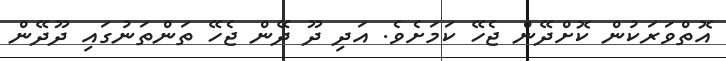
އޮތްވަރަކުން ކޮށްދޭން ޖެހޭ ކަމަށެވެ. އަދި ދޫ ދޭން ޖެހޭ ތަންތަނުގައި ދޫދޭން